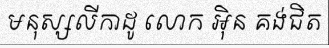
មនុស្សលីកាដូ លោក អ៊ិន គង់ជិត